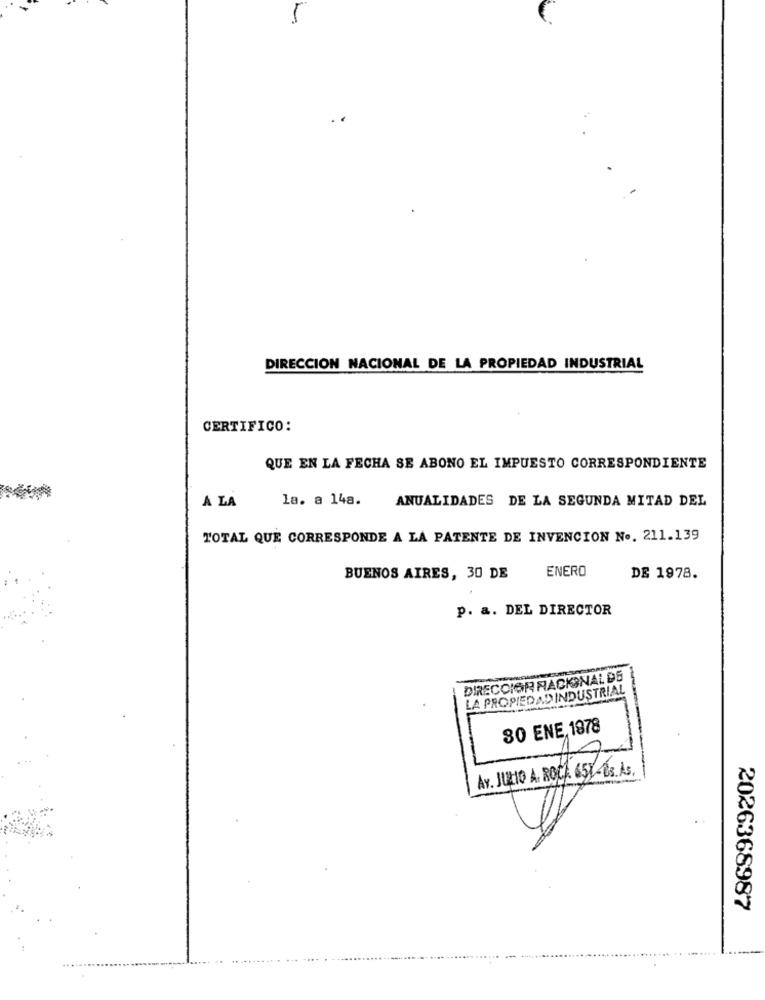
DIRECCION NACIONAL DE LA PROPIEDAD INDUSTRIAL
CERTIFICO:
QUE EN LA FECHA SE ABONO EL IMPUESTO CORRESPONDIENTE
A LA
la. a 148.
ANUALIDADES DE LA SEGUNDA MITAD DEL
TOTAL QUE CORRESPONDE A LA PATENTE DE INVENCION No. 211.139
ENERO
BUENOS AIRES, 30 DE
DE 1978.
p. a. DEL DIRECTOR
DIRECCIGR NACKENAL DS
LA PROPIEDAD INDUSTRIAL
30 ENE, 1978
Av. JULIO A. ROCA. 651-63. As.
2026368987